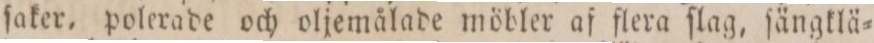
ſaker, polerade och oljemålade möbler af flera ſlag, ſängklä=